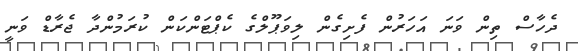
ދެހާސް ތިން ވަނަ އަހަރުން ފެށިގެން ލިވަޕޫލްގެ ކެޕްޓަންކަން ކުރަމުންދާ ޖެރާޑް ވަނީ